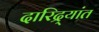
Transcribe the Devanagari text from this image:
दारिद्र्यांत